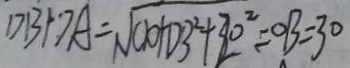
D B + D A = \sqrt { C D + D B ^ { 2 } + 3 0 ^ { 2 } } = O B = 3 0